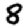
Digit: 8